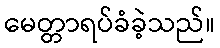
မေတ္တာရပ်ခံခဲ့သည်။